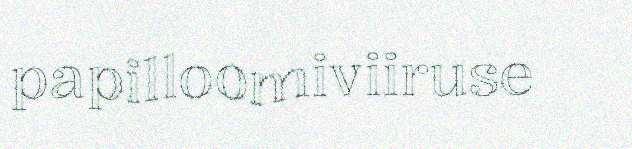
papilloomiviiruse